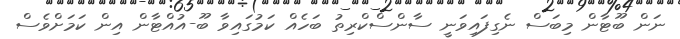
ނަން ބޫޓާން މިބަސް ނެގިފައިވަނީ ސާންސްކްރިތު ބަހެއް ކަމުގައިވާ ބޫ-އުއްޓާން އިން ކަމަށްވެސް